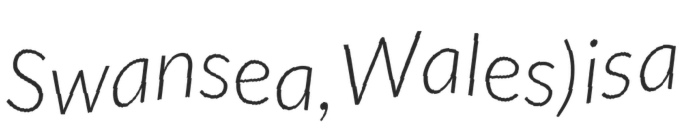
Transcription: Swansea, Wales) is a